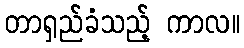
တာရှည်ခံသည့် ကာလ။